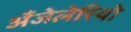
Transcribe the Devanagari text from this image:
अँजेलेरियो